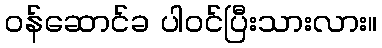
ဝန်ဆောင်ခ ပါဝင်ပြီးသားလား။